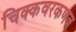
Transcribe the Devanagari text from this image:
चिक्कवरकणज